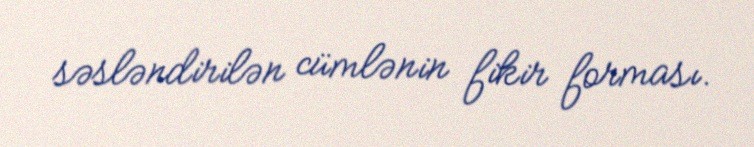
səsləndirilən cümlənin fikir forması.